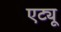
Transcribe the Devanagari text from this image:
एट्यू